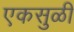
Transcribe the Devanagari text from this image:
एकसुळी